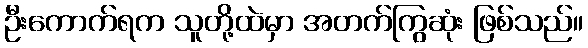
ဦးကောက်ရက သူတို့ထဲမှာ အတက်ကြွဆုံး ဖြစ်သည်။